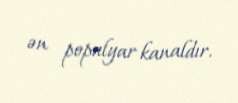
ən populyar kanaldır.